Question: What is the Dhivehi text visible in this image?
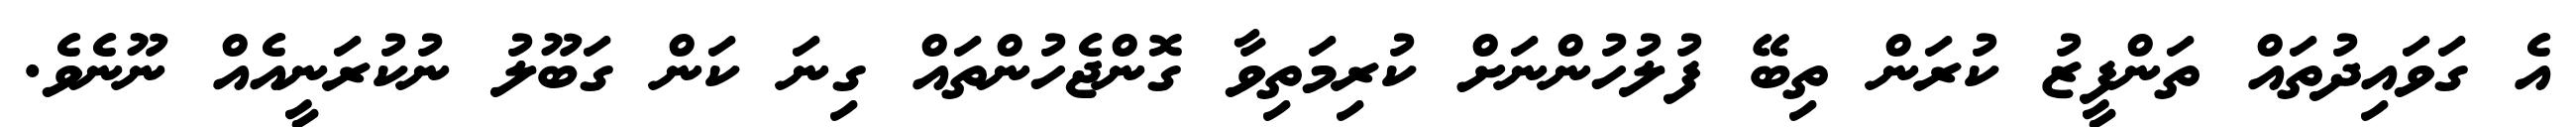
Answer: އެ ގަވައިދުތައް ތަންފީޒު ކުރަން ތިބޭ ފުލުހުންނަށް ކުރިމަތިވާ ގޮންޖެހުންތައް ގިނަ ކަން ގަބޫލު ނުކުރަނީއެއް ނޫނެވެ.